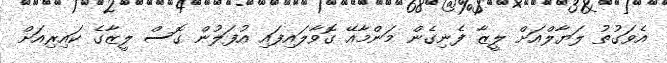
އެވަގުތު ލަޔާލްއަށް ލީޒާ ފެނިގެން މަންމާއޭ ގޮވާލައިފައި އުފަލުން ގޮސް ލީޒާގެ ކައިރިއަށް